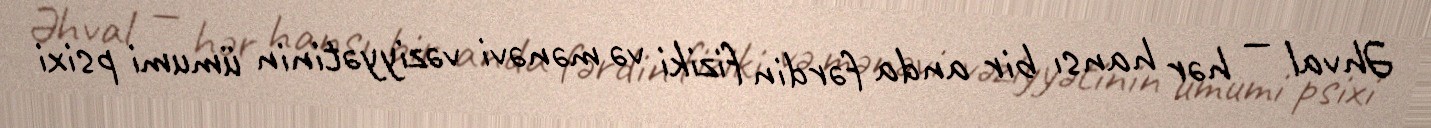
Əhval — hər hansı bir anda fərdin fiziki və mənəvi vəziyyətinin ümumi psixi